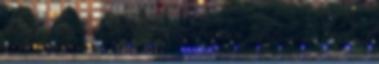
el egy komplett A Senator hibátlan fekete plüss belsőt